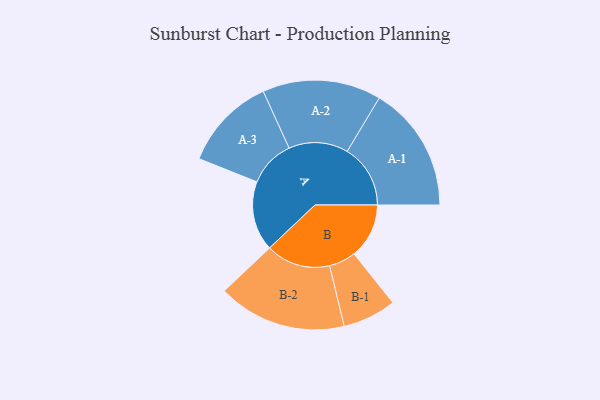
{"axis": {"x": "Segment", "y": "Value"}, "legend": ["", "A", "B"], "data": [{"x": "A", "y": 289, "type": ""}, {"x": "B", "y": 228, "type": ""}, {"x": "A-1", "y": 262, "type": "A"}, {"x": "A-2", "y": 246, "type": "A"}, {"x": "A-3", "y": 194, "type": "A"}, {"x": "B-1", "y": 111, "type": "B"}, {"x": "B-2", "y": 267, "type": "B"}]}